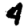
Digit: 4